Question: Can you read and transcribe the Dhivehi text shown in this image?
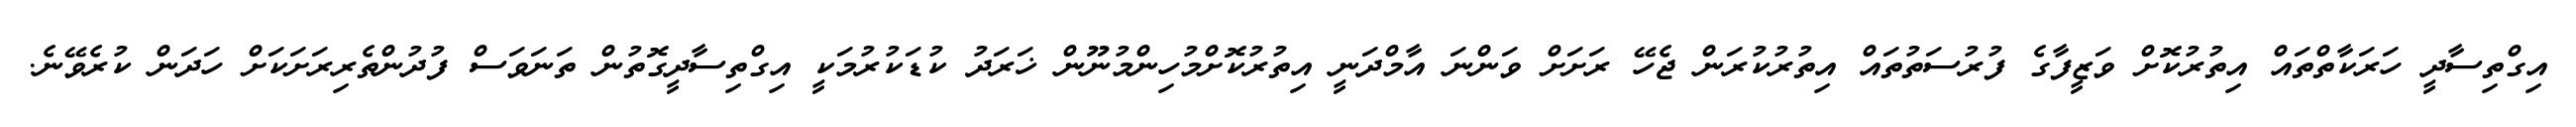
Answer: އިގްތިސާދީ ހަރަކާތްތައް އިތުރުކޮށް ވަޒީފާގެ ފުރުސަތުތައް އިތުރުކުރަން ޖެހޭ ރަށަށް ވަންނަ އާމްދަނީ އިތުރުކޮށްމުހިންމުނޫން ޚަރަދު ކުޑަކުރުމަކީ އިގްތިސާދީގޮތުން ތަނަވަސް ފުދުންތެރިރަށަކަށް ހަދަން ކުރެވޭނެ.